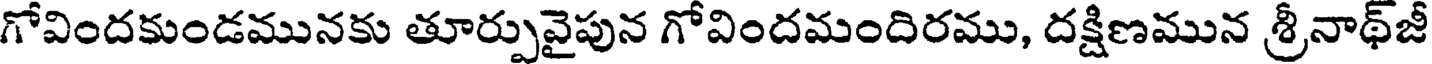
గోవిందకుండమునకు తూర్పువైపున గోవిందమందిరము, దక్షిణమున శ్రీనాథ్జీ